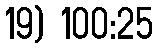
19) 100:25